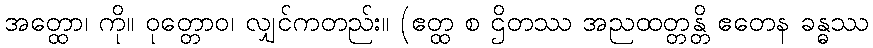
အတ္ထော၊ ကို။ ဝုတ္တောဝ၊ လျှင်ကတည်း။ (ဧတ္ထ စ ဌိတဿ အညထတ္တန္တိ ဧတေန ခန္ဓဿ